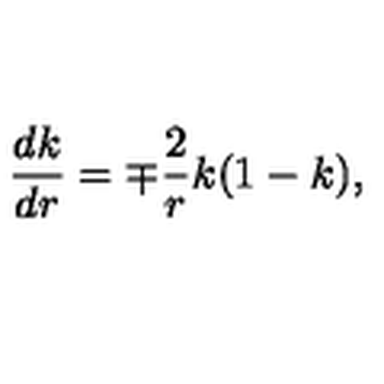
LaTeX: \frac { d k } { d r } = \mp \frac { 2 } { r } k ( 1 - k ) ,